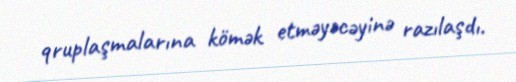
qruplaşmalarına kömək etməyəcəyinə razılaşdı.